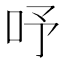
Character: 𠰄